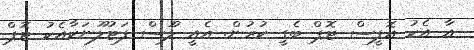
އާ އެކު އޮފީސް ޓޮޕް ބެގީ ކުރުން. އެއީ ލޫސް ފަޓުލޫނަކާއެކު ޓޮޕް